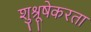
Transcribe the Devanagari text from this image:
शुश्रूषेकरता